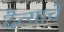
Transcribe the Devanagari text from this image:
दैत्याचें